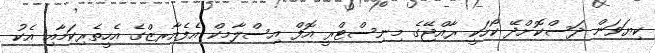
ކިޔަވަން ދަސްކޮށްދޭ ކޯހަކީ ރާއްޖޭގެ މިނިސްޓްރީ އޮފް އިސްލާމިކް އެފެއާރޒްގެ އެހީތެރިކަމާއި އެކު